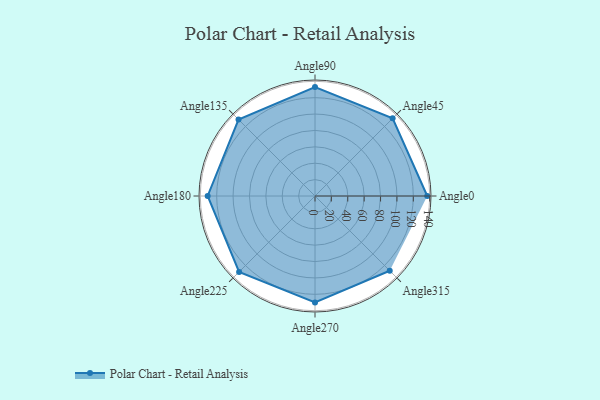
{"axis": {"x": "Angle", "y": "Radius"}, "legend": [""], "data": [{"x": "Angle0", "y": 137.0, "type": ""}, {"x": "Angle45", "y": 134.0, "type": ""}, {"x": "Angle90", "y": 133.0, "type": ""}, {"x": "Angle135", "y": 132.0, "type": ""}, {"x": "Angle180", "y": 131.0, "type": ""}, {"x": "Angle225", "y": 131.0, "type": ""}, {"x": "Angle270", "y": 130.0, "type": ""}, {"x": "Angle315", "y": 129.0, "type": ""}]}